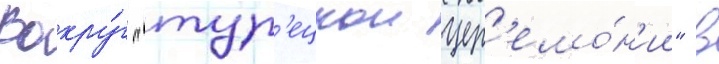
Вокру́г "тур'ецкои цер'емо́н'ии" в